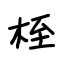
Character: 桎